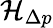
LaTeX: \mathcal{H}_{\Delta p}